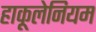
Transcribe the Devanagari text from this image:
हाकूलेनियम